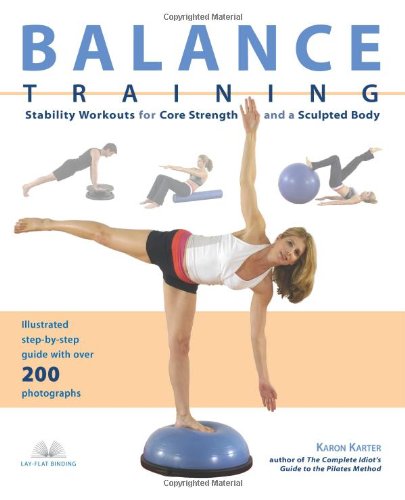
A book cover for Balance Training: Stability Workouts for Core Strength and a Sculpted Body; Karon Karter; Health, Fitness & Dieting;